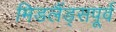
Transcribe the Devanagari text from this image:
मिडलैंड्सपूर्व